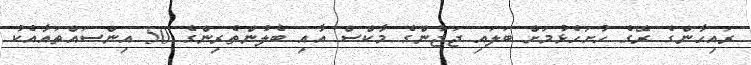
ރައިހާންގެ ރޭގެ ހުށަހެޅުމަށް ބަަލައި ޖަޖުންގެ މާކްސް އާއި ބެލުންތެރިންގެ 50 އިންސައްތައާއެކު